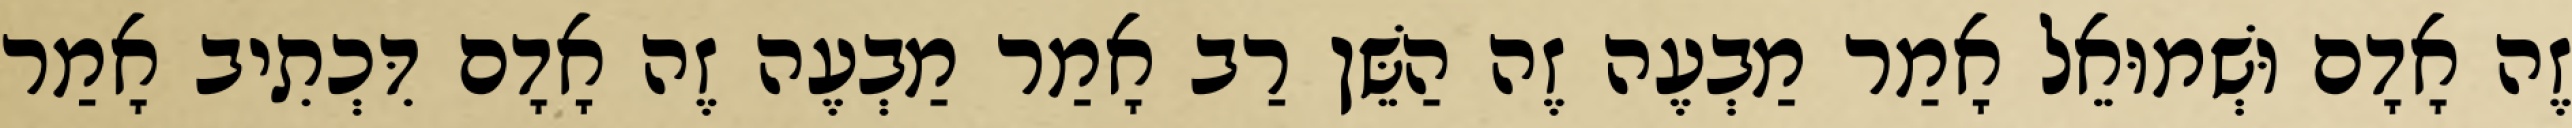
זֶה אָדָם וּשְׁמוּאֵל אָמַר מַבְעֶה זֶה הַשֵּׁן רַב אָמַר מַבְעֶה זֶה אָדָם דִּכְתִיב אָמַר